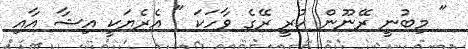
" މިބުނީ ރޭނޫން ކުރީ ރޭގެ ވާހަކަ " އެރެޔަކީ އިޝާ އާއި